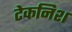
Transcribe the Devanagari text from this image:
टेकनिश